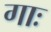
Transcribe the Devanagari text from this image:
गाः